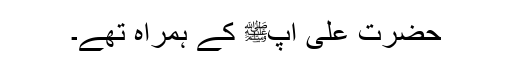
حضرت علیؓ آپﷺ کے ہمراہ تھے۔